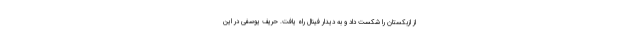
از ازبکستان را شکست داد و به دیدار فینال راه یافت. حریف یوسفی در این